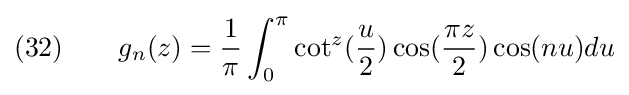
(32)\qquad g_{n}(z)={\frac {1}{\pi }}\int _{0}^{\pi }\cot ^{z}({\frac {u}{2}})\cos({\frac {\pi z}{2}})\cos(nu)du